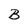
Character: B